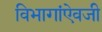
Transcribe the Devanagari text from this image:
विभागांऐवजी